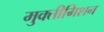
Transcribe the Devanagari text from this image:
मुक्तीमिशन